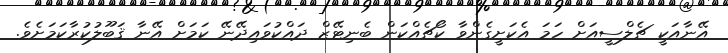
އޭނާއަކީ ޗެލްސީއަށް ހަމަ އެކަށީގެންވާ ކޯޗެއްކަން ބެނިޓޭޒް ދައްކުވައިދޭނޭ ކަމަށް އޭނާ ޤަބޫލުކުރާކަމަށެވެ.